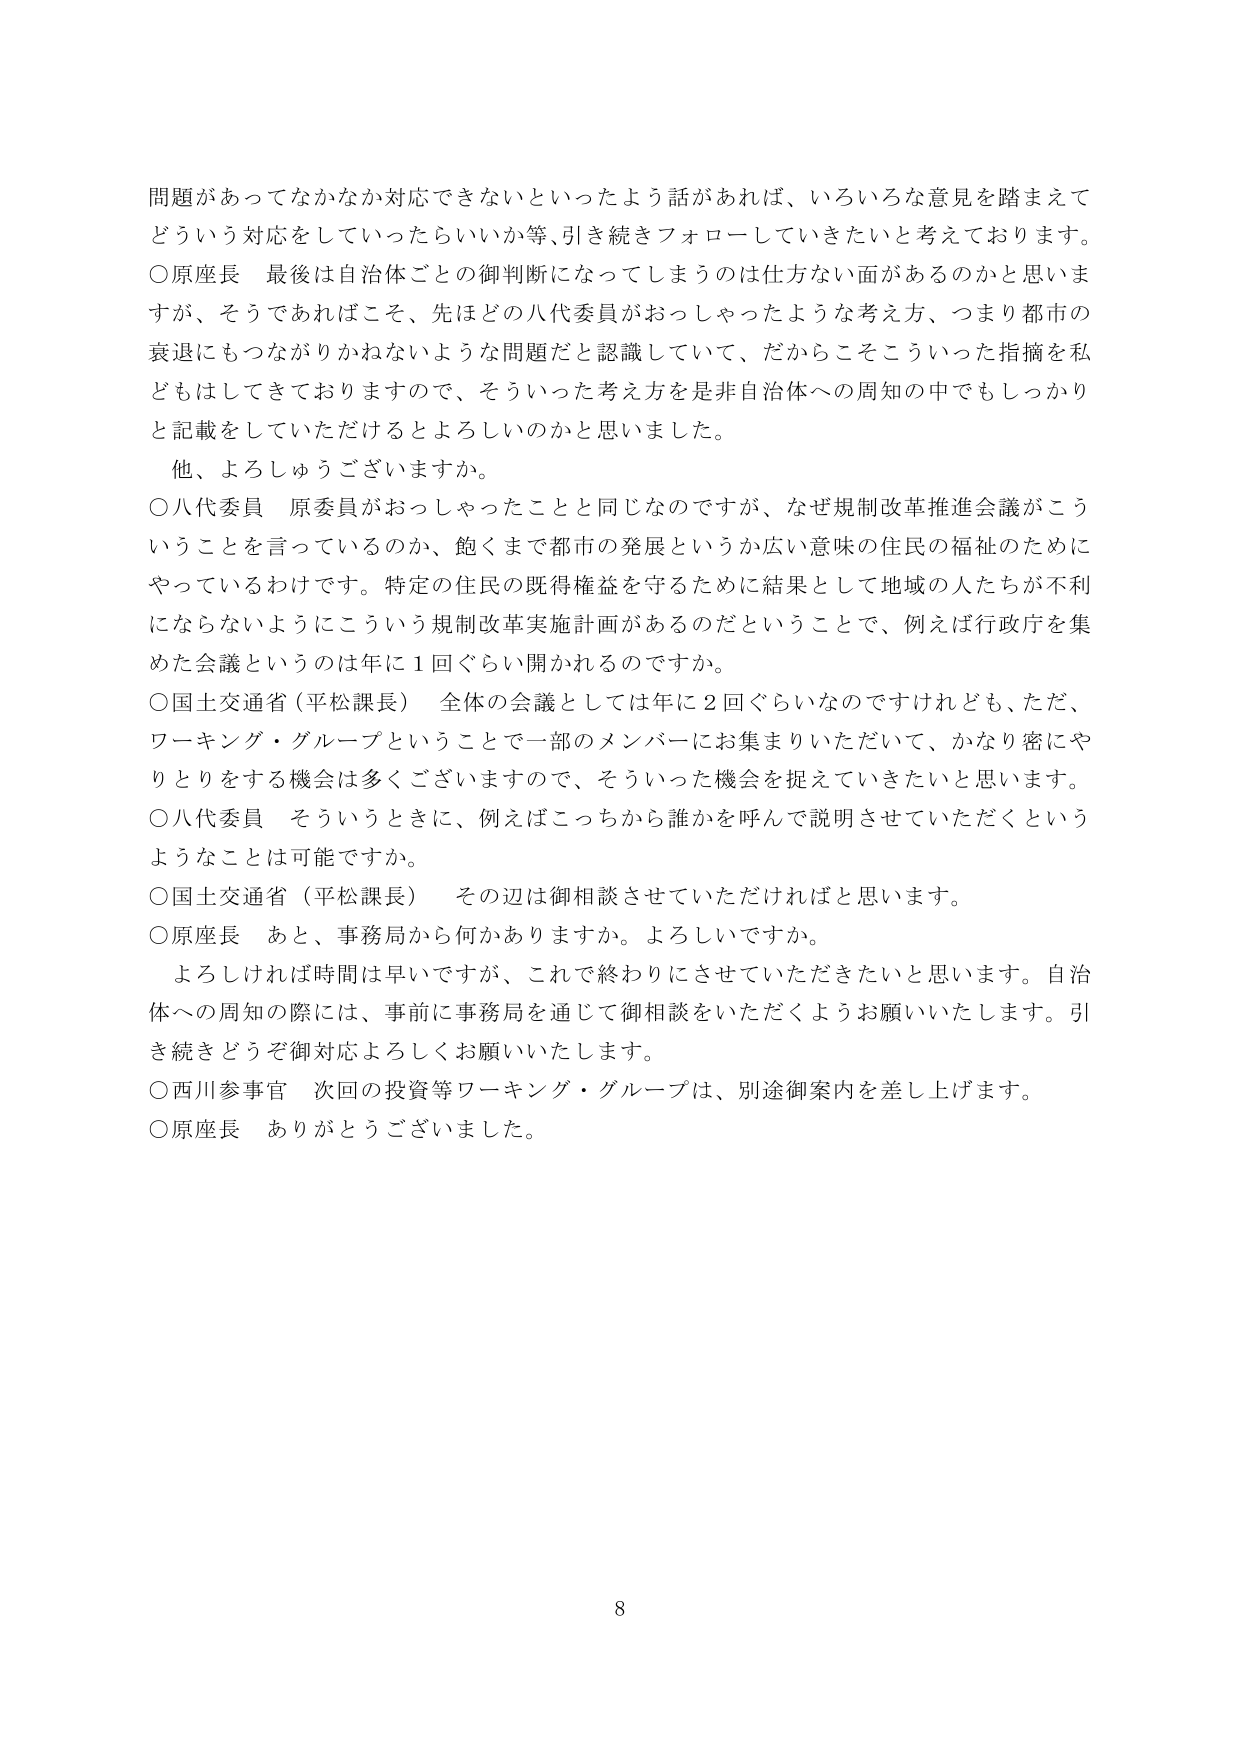
問題があってなかなか対応できないといったよう話があれば、いろいろな意見を踏まえて
どういう対応をしていったらいいか等、引き続きフォローしていきたいと考えております。
○原座長 最後は自治体ごとの御判断になってしまうのは仕方ない面があるのかと思いま
すが、そうであればこそ、先ほどの八代委員がおっしゃったような考え方、つまり都市の
衰退にもつながりかねないような問題だと認識していて、だからこそこういった指摘を私
どもはしてきておりますので、そういった考え方を是非自治体への周知の中でもしっかり
と記載をしていただけるとよろしいのかと思いました。
他、よろしうございますか。
○八代委員 原委員がおっしゃったことと同じなのですが、なぜ規制改革推進会議がこう
いうことを言っているのか、飽くまで都市の発展というか広い意味の住民の福祉のために
やっているわけです。特定の住民の既得権益を守るために結果として地域の人たちが不利
にならないようにこういう規制改革実施計画があるのだということで、例えば行政府を集
めた会議というのは年に１回ぐらい開かれるのですか。
○国土交通省（平松課長） 全体の会議としては年に２回ぐらいなのですが、ただ、
ワーキング・グループということで一部のメンバーにお集まりいただいて、かなり密にや
りとりをする機会は多くございますので、そういった機会を捉えていきたいと思います。
○八代委員 そういうときに、例えばこっちから誰かを呼んで説明させていただくという
ようなことは可能ですか。
○国土交通省（平松課長） その辺は御相談させていただければと思います。
○原座長 あと、事務局から何かありますか。よろしいですか。
よろしければ時間は早いですが、これで終わりにさせていただきたいと思います。自治
体への周知の際には、事前に事務局を通じて御相談をいただくようお願いいたします。引
き続きどうぞ御対応よろしくお願いいたします。
○西川参事官 次回の投資等ワーキング・グループは、別途御案内を差し上げます。
○原座長 ありがとうございました。
8